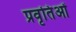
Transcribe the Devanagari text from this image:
प्रवृतिओं